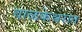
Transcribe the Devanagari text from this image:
वाळकेश्वरात